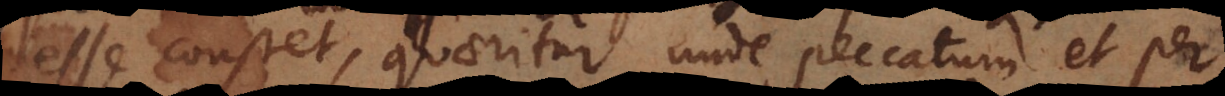
esse constet, quaeritur unde peccatum et per